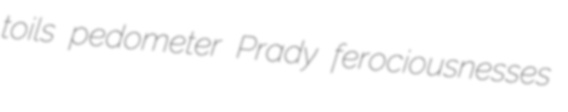
toils pedometer Prady ferociousnesses